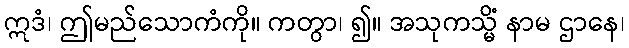
ဣဒံ၊ ဤမည်သောကံကို။ ကတွာ၊ ၍။ အသုကသ္မိံ နာမ ဌာနေ၊